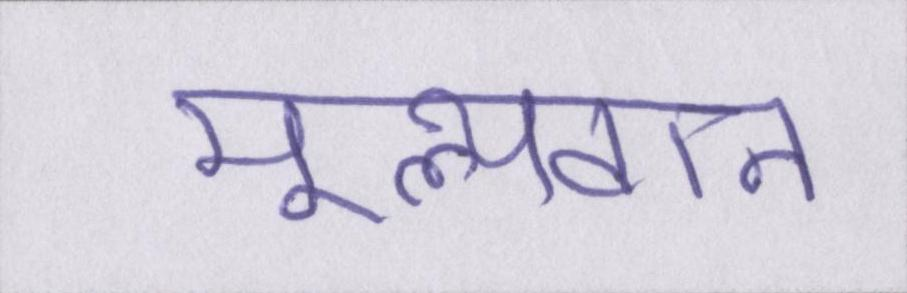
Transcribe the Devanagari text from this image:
मूल्यवान